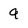
Character: 9